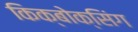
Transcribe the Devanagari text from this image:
किक्बोक्सिंग